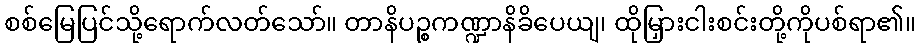
စစ်မြေပြင်သို့ရောက်လတ်သော်။ တာနိပဉ္စကဏ္ဍာနိခိပေယျ၊ ထိုမြှားငါးစင်းတို့ကိုပစ်ရာ၏။